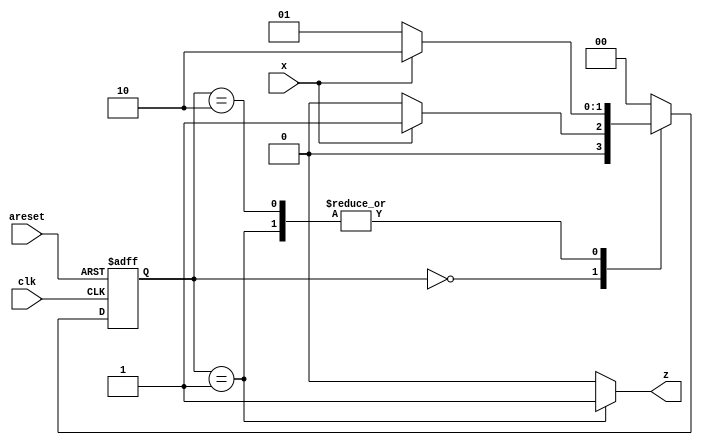
module top_module (
    input clk,
    input areset,
    input x,
    output reg z 
); 
    parameter idle = 2'b00,
              s1   = 2'b01,
              s2   = 2'b10;
    reg [1:0] state, next_state;

    always@(*)begin
        case(state)
            idle:next_state = x ? s1 : idle;
            s1  :next_state = x ? s2 : s1;
            s2  :next_state = x ? s2 : s1;
            default:next_state = idle;
        endcase
    end

    always@(posedge clk or posedge areset)begin
        if(areset)
            state <= idle;
        else
            state <= next_state;
    end

    assign z = (state == s1) ? 1 : 0;

endmodule